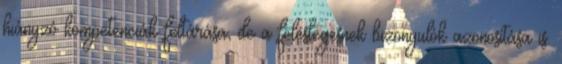
hiányzó kompetenciák feltárása, de a feleslegesnek bizonyulók azonosítása is.